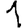
Digit: 1